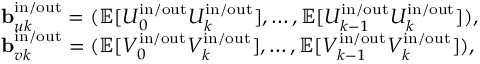
\begin{array} { r l } & { \mathbf { b } _ { u k } ^ { \mathrm { i n } / \mathrm { o u t } } = ( \mathbb { E } [ U _ { 0 } ^ { \mathrm { i n } / \mathrm { o u t } } U _ { k } ^ { \mathrm { i n } / \mathrm { o u t } } ] , \ldots , \mathbb { E } [ U _ { k - 1 } ^ { \mathrm { i n } / \mathrm { o u t } } U _ { k } ^ { \mathrm { i n } / \mathrm { o u t } } ] ) , } \\ & { \mathbf { b } _ { v k } ^ { \mathrm { i n } / \mathrm { o u t } } = ( \mathbb { E } [ V _ { 0 } ^ { \mathrm { i n } / \mathrm { o u t } } V _ { k } ^ { \mathrm { i n } / \mathrm { o u t } } ] , \ldots , \mathbb { E } [ V _ { k - 1 } ^ { \mathrm { i n } / \mathrm { o u t } } V _ { k } ^ { \mathrm { i n } / \mathrm { o u t } } ] ) , } \end{array}